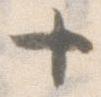
十